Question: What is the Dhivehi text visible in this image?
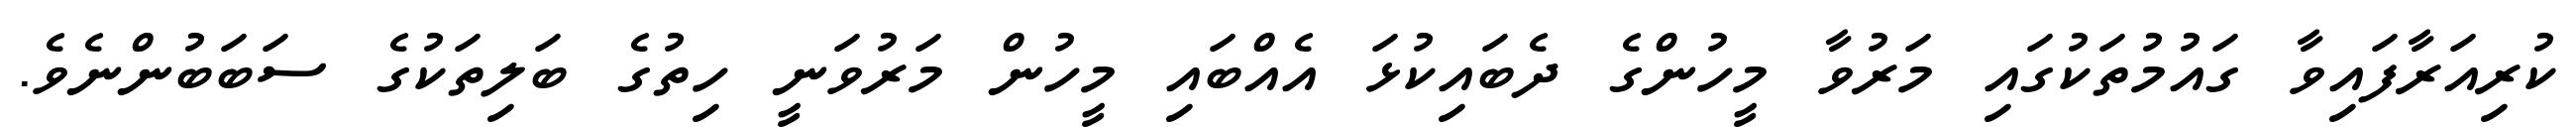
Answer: ކުރިއަރާފައިވާ ގައުމުތަކުގައި މަރުވާ މީހުންގެ ދެބައިކުޅަ އެއްބައި މީހުން މަރުވަނީ ހިތުގެ ބަލިތަކުގެ ސަބަބުންނެވެ.